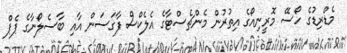
މެޑްރިޑުގެ ހޯސޭ މޮރީނިއޯގެ އިތުރުން މެންޗެސްޓާގެ އެލެކްސް ފާގަސަން އާއި ބާސެލޯނާގެ ޕެޕް